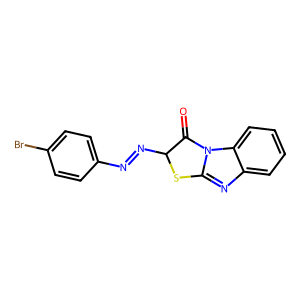
SMILES: O=C1C(N=Nc2ccc(Br)cc2)Sc2nc3ccccc3n21
Inhibits HIV replication: No